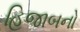
હિજાબનો